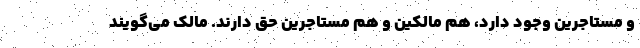
و مستاجرین وجود دارد، هم مالکین و هم مستاجرین حق دارند. مالک می‌گویند